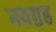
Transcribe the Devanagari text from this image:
नवॻह